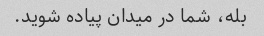
بله، شما در میدان پیاده شوید.